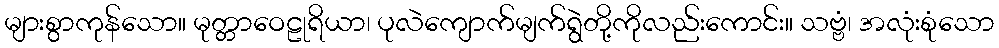
များစွာကုန်သော။ မုတ္တာဝေဠုရိယာ၊ ပုလဲကျောက်မျက်ရွဲတို့ကိုလည်းကောင်း။ သဗ္ဗံ၊ အလုံးစုံသော